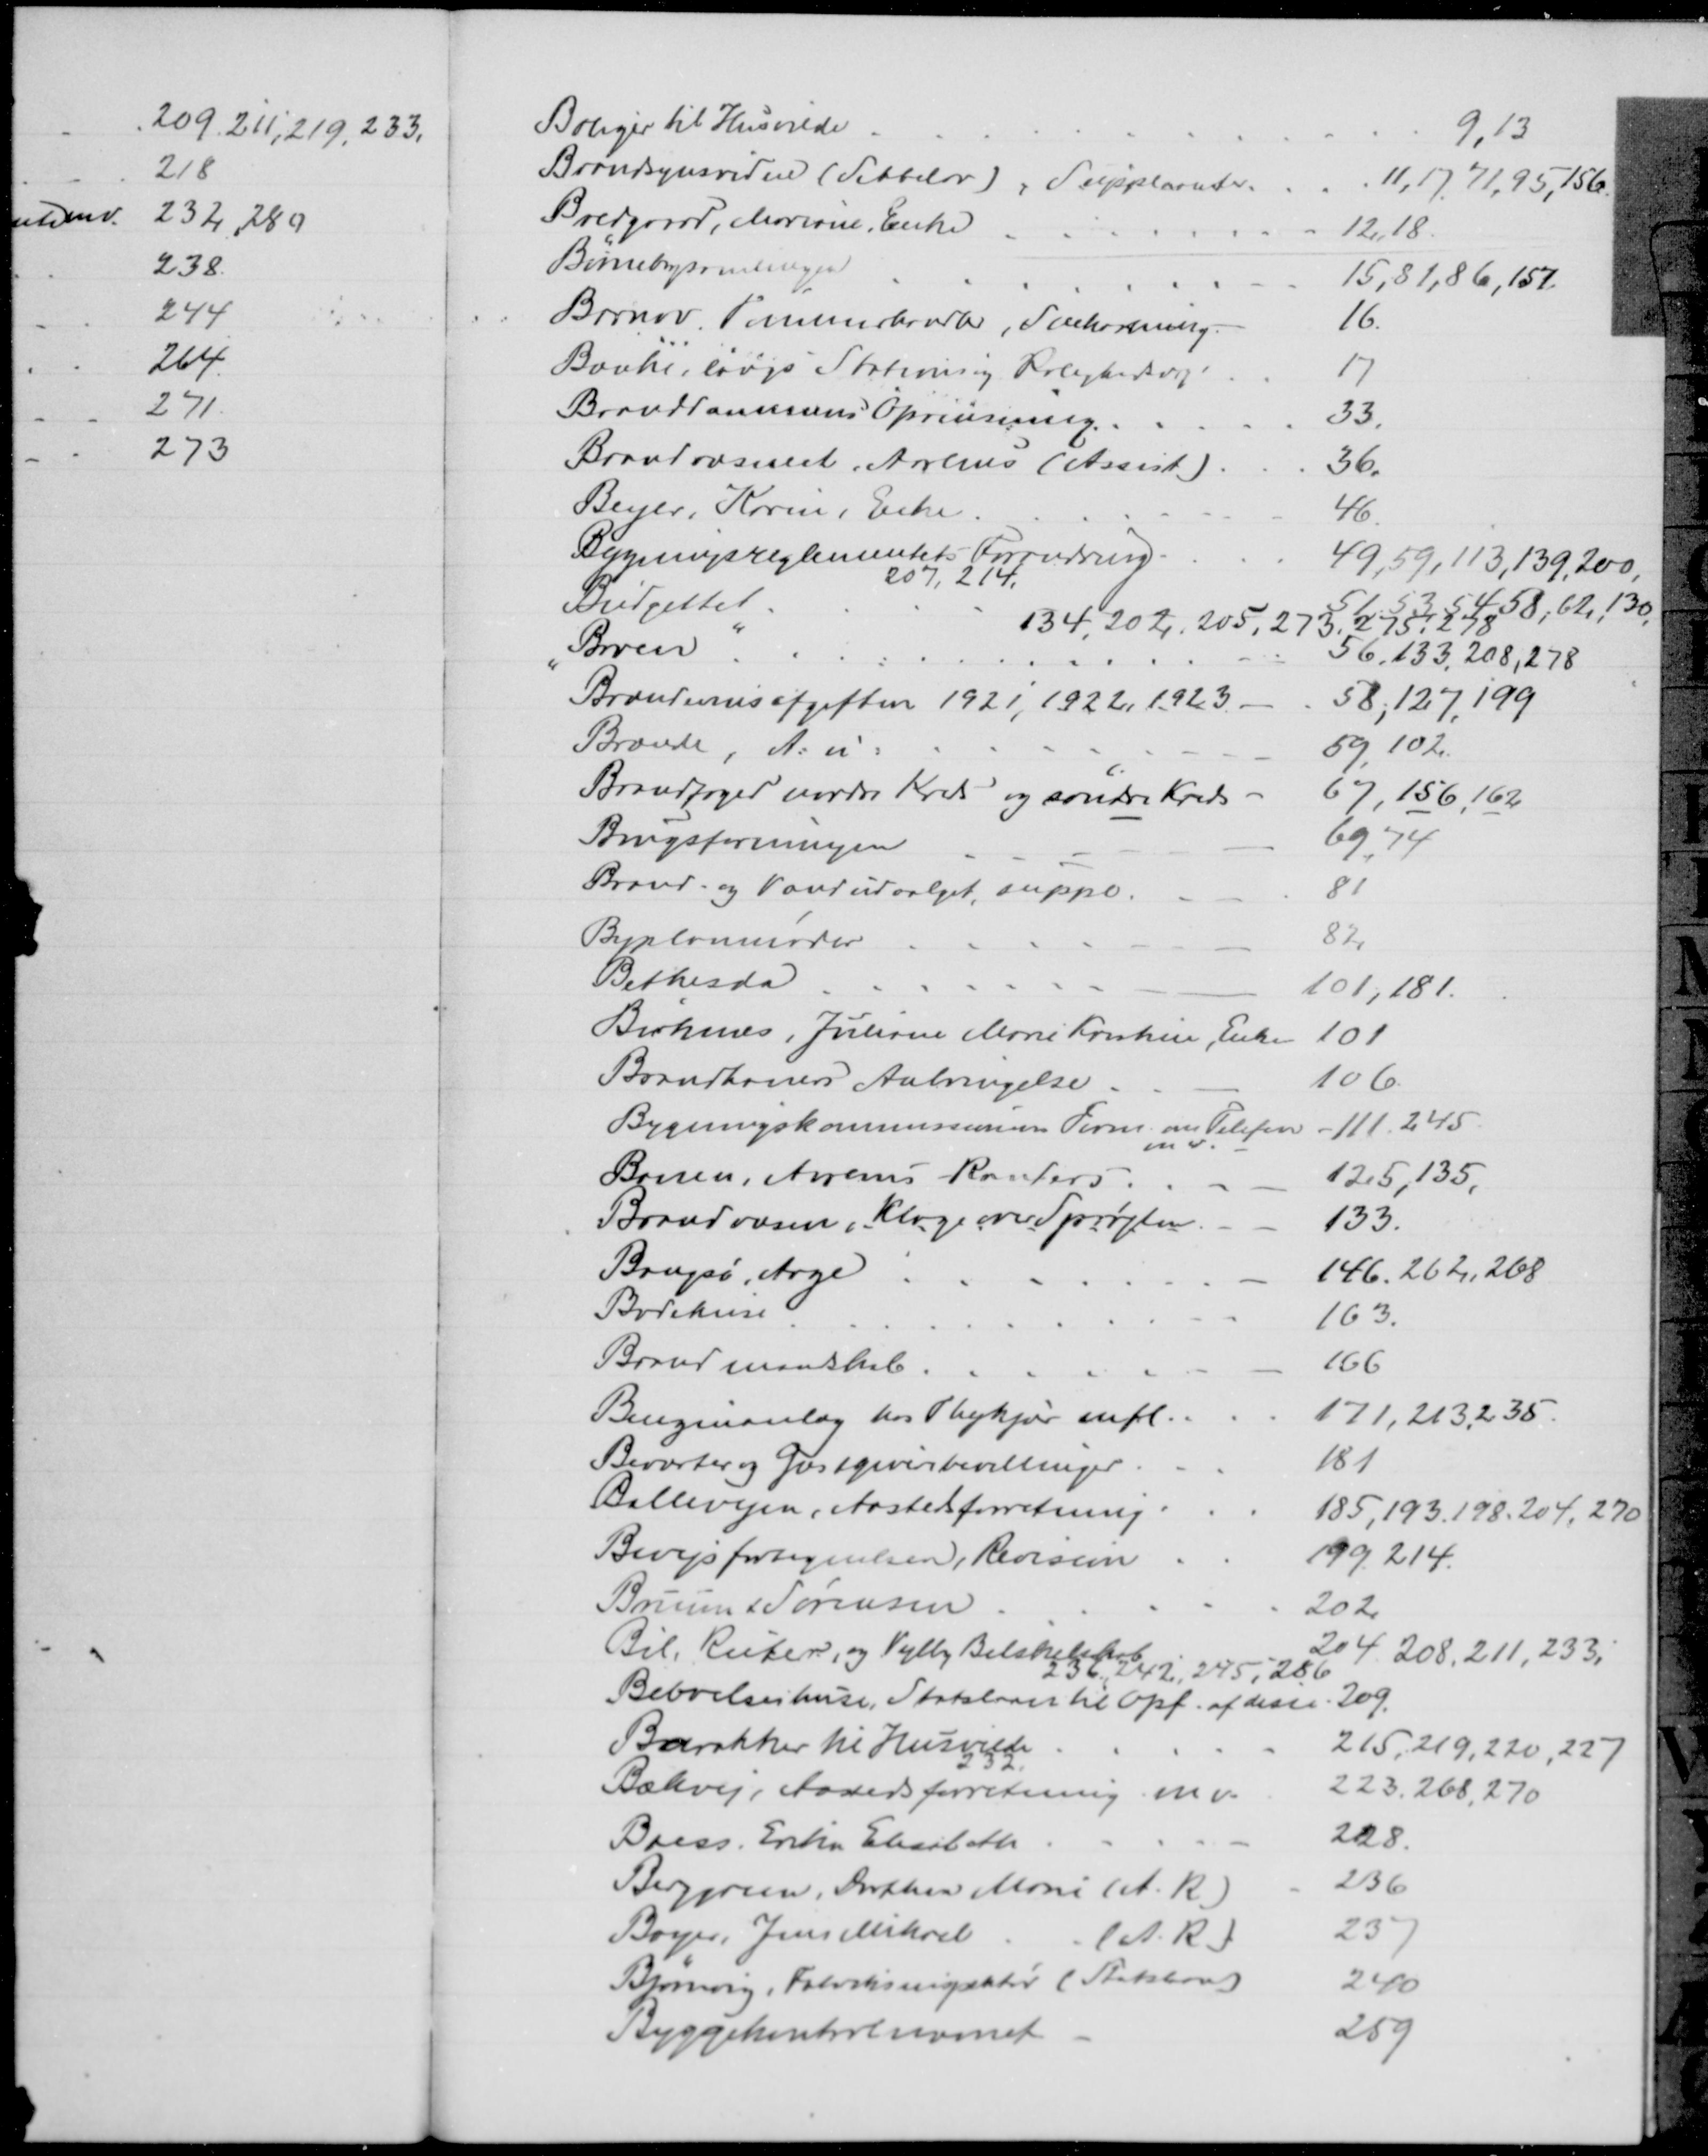
Transskription:
Boliger til Husvilde
9,13
Brandsynsvidne (Sebbelov), Suppleanter
11, 17, 71, 95, 156.
Bredgaard, Mariane, Enke
12,18
Børnebogsamlingen
15, 81, 86, 157
Barnov Tømmerhandler, Snekastning.
16
Bænke, langs Stationsvej og Rolighedsvej.
17
Branddammens Oprensning
33
Brandvæsenet, Aarhus (Assist)
36.
Beyer, Karin, Enke
46
Bygningsreglementets Forandring
49, 59, 113, 139, 200,
207,214,
Budgettet
51, 53, 54, 58, 62, 130,
134, 202, 205, 273, 275, 278
Broen
56, 133, 208, 278
Brændevinsafgiften 1921, 1922, 1923
58, 127, 199
Brænde, A: u.
59, 102.
Brandfoged nordre Kreds og søndre Kreds
67,156, 162
Brugsforeningen
69, 74
Brand- og Vandudvalget, suppl.
81
Byplanmøder
82
Bethesda
101, 181
Birknæs, Juliane Marie Kirstine, Enke
101
Brandhaners Anbringelse
106
Bygningskommissionens Form. om Telefon
m.v.
111, 245
Banen, Aarhus - Randers
125, 135,
Brandvæsen, Klage over Sprøjten
133
Bangsø, Aage
146, 262, 268
Badehuse
163
Brandmandskab
166
Benzinanlæg hos Thykjør mfl
171, 213, 235
Beværter og Gæstgiverbevillinger
181
Ballevejen, Aastedsforretning
185, 193, 198, 204, 270
Bivejsfortegnelsen, Revision
199, 214
Bruun & Sørensen
202
Bil, Ruter, og Vejlby Bilselskaber
204, 208, 211, 233,
236, 242, 245, 286
Beboelseshuse, Statslaan til Opf. af disse. 209.
Barakker til Husvilde
215, 219,220, 227
232
Bækvej, Aastedsforretning m. v.
223, 268, 270
Boess. Erika Elisabeth
228
Berggreen, Dorthea Marie (A. R.)
236
Bayer, Jens Mikael
(A. R.)
237
Bjørnvig, Fabriksinpektør (Statslaan)
240
Byggekontrolnævnet
259